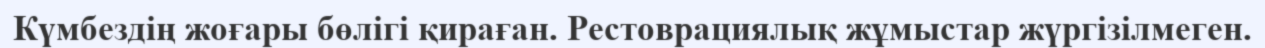
Күмбездің жоғары бөлігі қираған. Рестоврациялық жұмыстар жүргізілмеген.